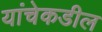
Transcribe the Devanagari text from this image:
यांचेकडील